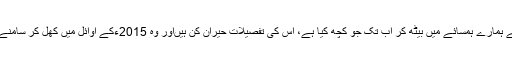
بھارت نے ہمارے ہمسائے میں بیٹھ کر اب تک جو کچھ کیا ہے، اس کی تفصیلات حیران کن ہیںاور وہ 2015ءکے اوائل میں کھل کر سامنے آئیں گی۔